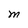
Character: M